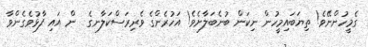
ގެމީހުންނޭވެ! ތިޔަބައިމީހުން ނިކަން ބުނެބަލާށެވެ! އަހުރެންގެ ވެރިރަސްކަލާނގެ  ން އައި ފާޅުވެގެންވާ